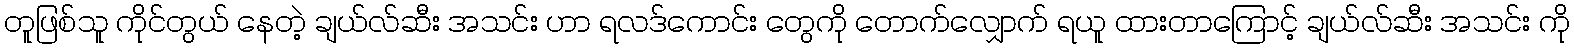
တူဖြစ်သူ ကိုင်တွယ် နေတဲ့ ချယ်လ်ဆီး အသင်း ဟာ ရလဒ်ကောင်း တွေကို တောက်လျှောက် ရယူ ထားတာကြောင့် ချယ်လ်ဆီး အသင်း ကို